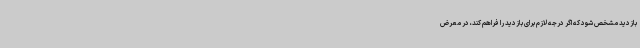
بازدید مشخص شود که اگر درجه لازم برای بازدید را فراهم کند، در معرض